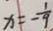
x = - \frac { 1 } { 9 }